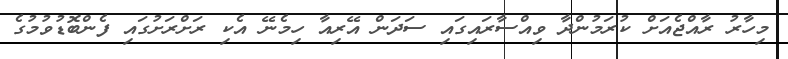
މިހާރު ރާއްޖެއަށް ކުރަމުންދާ ވިއްސާރައިގައި ސަދަން އޭރިއާ ހިމެނޭ އެކި ރަށްރަށުގައި ފެންބޮޑުވުމުގެ